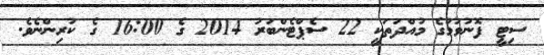
ސިޓީ ފޮނުވުމުގެ މުއްދަތަކީ 22 ސެޕްޓެންބަރު 2014 ގެ 16:00 ގެ ކުރިންނެވެ.